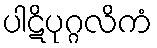
ပါဋိပုဂ္ဂလိကံ